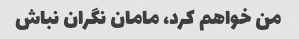
من خواهم کرد، مامان نگران نباش